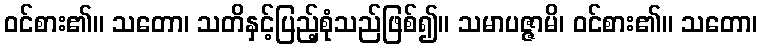
ဝင်စား၏။ သတော၊ သတိနှင့်ပြည့်စုံသည်ဖြစ်၍။ သမာပဇ္ဇာမိ၊ ဝင်စား၏။ သတော၊